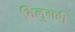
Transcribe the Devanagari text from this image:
विलुगबी